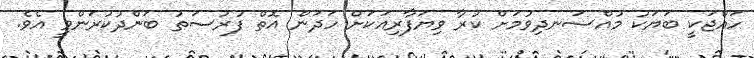
ހައްޖަކީ ބަޔަކު މުއްސަނދިވުމަށް ކުރާ ވިޔަފާރިއަކަށް ހަދަން އޮތް ފުރުސަތު ބަންދުކުރަންވީ އެވެ.